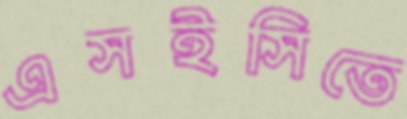
এসইসিতে